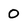
Character: 0